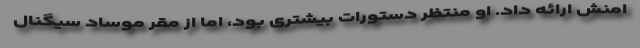
امنش ارائه داد. او منتظر دستورات بیشتری بود، اما از مقر موساد سیگنال